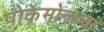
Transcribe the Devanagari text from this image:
पोकेमोनच्या